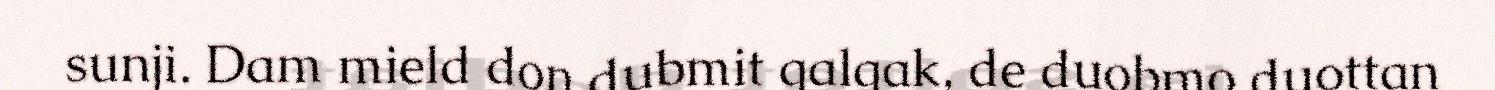
sunji. Dam mield don dubmit galgak, de duobmo duottan